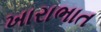
ખારાભાત